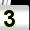
Digit: 3